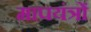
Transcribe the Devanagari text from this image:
मापयंत्रों